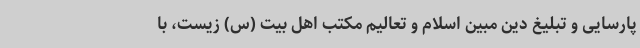
پارسایی و تبلیغ دین مبین اسلام و تعالیم مکتب اهل بیت (س) زیست، با